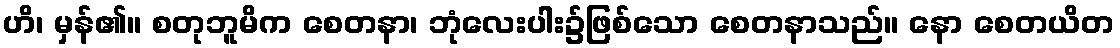
ဟိ၊ မှန်၏။ စတုဘူမိက စေတနာ၊ ဘုံလေးပါး၌ဖြစ်သော စေတနာသည်။ နော စေတယိတ